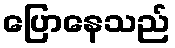
ပြောနေသည်